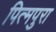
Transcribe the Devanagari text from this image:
पित्मपुरा